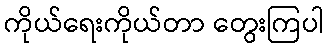
ကိုယ်ရေးကိုယ်တာ တွေးကြပါ